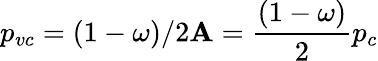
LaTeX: p_{vc}=(1-\omega)/2\mathbf{A}=\frac{{(1-\omega)}}{{2}}p_{c}